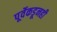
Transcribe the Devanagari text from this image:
पूर्वेकडूनही